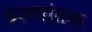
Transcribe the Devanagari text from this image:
प्रलयांतक